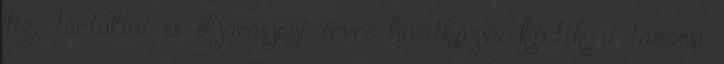
tíz, tartalmi és eljárásjogi érvre hivatkozva kérték a tanácsi